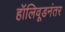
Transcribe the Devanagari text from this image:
हॉलिवूडनंतर